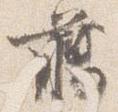
臈